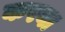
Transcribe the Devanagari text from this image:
करबा